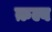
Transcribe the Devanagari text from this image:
क़ल्ब